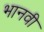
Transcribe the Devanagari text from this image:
भानवी